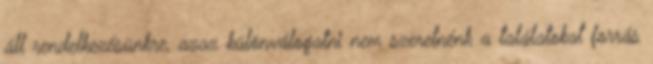
áll rendelkezésünkre, azaz különválogatni nem szeretnénk a találatokat forrás